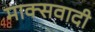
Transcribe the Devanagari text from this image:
माक्सवादी